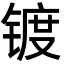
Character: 镀